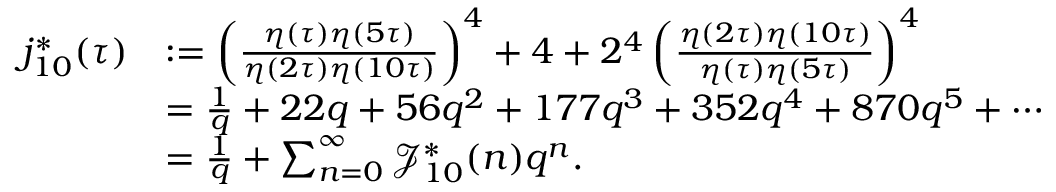
\begin{array} { r l } { j _ { 1 0 } ^ { * } ( \tau ) } & { : = \left( \frac { \eta ( \tau ) \eta ( 5 \tau ) } { \eta ( 2 \tau ) \eta ( 1 0 \tau ) } \right) ^ { 4 } + 4 + 2 ^ { 4 } \left( \frac { \eta ( 2 \tau ) \eta ( 1 0 \tau ) } { \eta ( \tau ) \eta ( 5 \tau ) } \right) ^ { 4 } } \\ & { = \frac { 1 } { q } + 2 2 q + 5 6 q ^ { 2 } + 1 7 7 q ^ { 3 } + 3 5 2 q ^ { 4 } + 8 7 0 q ^ { 5 } + \cdots } \\ & { = \frac { 1 } { q } + \sum _ { n = 0 } ^ { \infty } \mathcal { J } _ { 1 0 } ^ { * } ( n ) q ^ { n } . } \end{array}